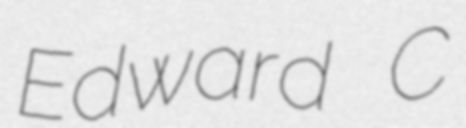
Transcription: Edward C